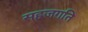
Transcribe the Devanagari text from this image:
सहजगति